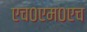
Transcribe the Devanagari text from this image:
एच०एम०एच